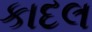
કાદલ